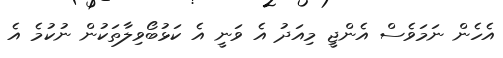
އެހެން ނަމަވެސް އެންޖީ މިއަދު އެ ވަނީ އެ ކަޅުބޯވިލާތަކުން ނުކުމެ އެ